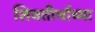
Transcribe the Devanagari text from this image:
शिवतीर्थाच्या